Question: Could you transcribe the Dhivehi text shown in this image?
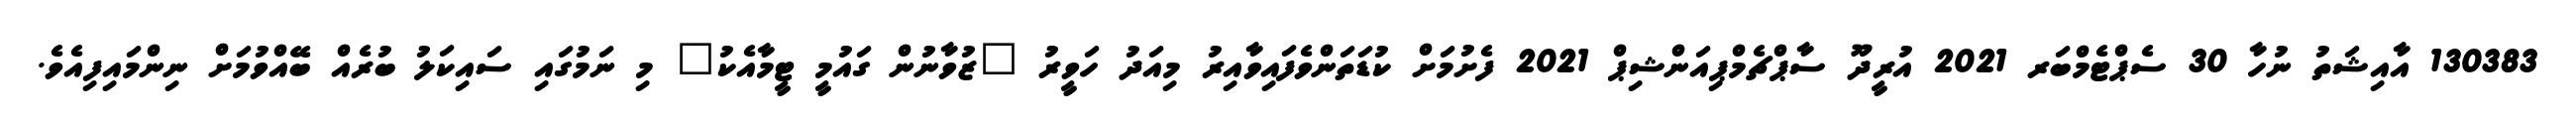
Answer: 130383 އާއިޝަތު ނުހާ 30 ސެޕްޓެމްބަރ 2021 އުރީދޫ ސާޕްޗެމްޕިއަންޝިޕް 2021 ފެށުމަށް ކުޑަތަންވެފައިވާއިރު މިއަދު ހަވީރު "ޒުވާނުން ގައުމީ ޓީމާއެކު" މި ނަމުގައި ސައިކަލު ބުރެއް ބޭއްވުމަށް ނިންމައިފިއެވެ.